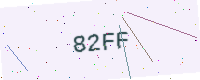
Text: 82FF